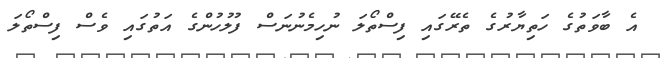
އެ ބާވަތުގެ ހަތިޔާރުގެ ތެރޭގައި ފިސްތޯލަ ނުހިމެނުނަސް ފުލުހުންގެ އަތުގައި ވެސް ފިސްތޯލަ